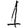
Digit: 1